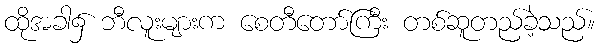
ထိုအခါ၌ ဘီလူးများက စေတီတော်ကြီး တစ်ဆူတည်ခဲ့သည်။